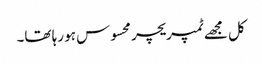
کل مجھے ٹمپریچر محسوس ہو رہا تھا۔